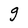
Character: g